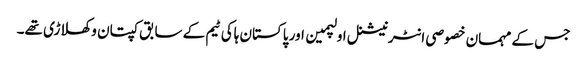
جس کے مہمان خصوصی انٹرنیشنل اولپمین اور پاکستان ہاکی ٹیم کے سابق کپتان و کھلاڑی تھے۔